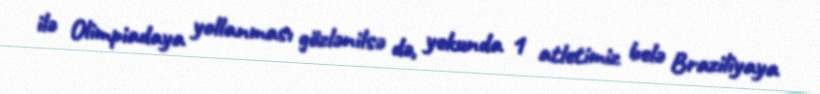
ilə Olimpiadaya yollanması gözlənilsə də, yekunda 1 atletimiz belə Braziliyaya